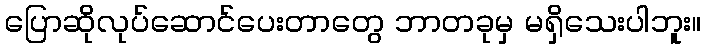
ပြောဆိုလုပ်ဆောင်ပေးတာတွေ ဘာတခုမှ မရှိသေးပါဘူး။